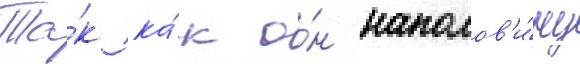
Та́к ка́к о́н наполов'и́ну